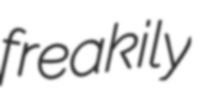
freakily